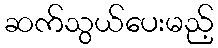
ဆက်သွယ်ပေးမည့်